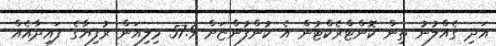
އަދި ގެއްލުނު ތިން ކޮންޓްރެކްޓުން އެ ކުންފުންޏަށް 57.9 މިލިއަން ރުފިޔާގެ ފައިދާއެއް